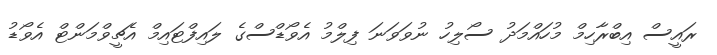
ރައީސް އިބްރާހިމް މުހައްމަދު ސޯލިހު ނުވަވަނަ ފިލްމު އެވޯޑްސްގެ ލައިފްޓައިމް އެޗީވްމަންޓް އެވޯޑު